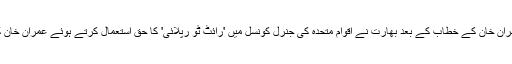
خیال رہے کہ وزیر اعظم پاکستان عمران خان کے خطاب کے بعد بھارت نے اقوام متحدہ کی جنرل کونسل میں 'رائٹ ٹو رپلائی' کا حق استعمال کرتے ہوئے عمران خان کی تقریر کو نفرت انگیز قرار دیا تھا۔